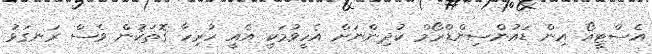
އެސްޓީއޯ އިން ޑައުންސިންޑްރޯމް ކުދިންނަށް އެހީވުމަކީ އެއީ ހުރިހާ ގޮތަކުން ވެސް ރަނގަޅު